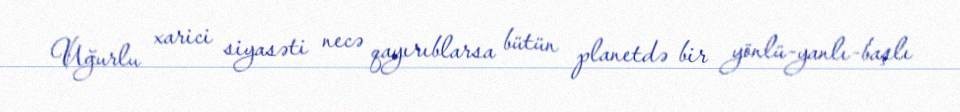
Uğurlu xarici siyasəti necə qayırıblarsa bütün planetdə bir yönlü-yanlı-başlı